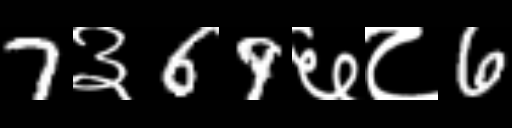
Text: 7३69६८6